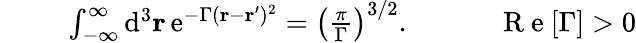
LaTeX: \begin{array}{r}{\ \ \ \ \ \ \ \ \ \int_{-\infty}^{\infty}\mathrm{d}^{3}\mathbf{r}\, \mathrm{e}^{-\Gamma(\mathbf{r}-\mathbf{r}^{\prime})^{2}}=\left(\frac{\pi}{\Gamma}\right)^{3/2}.\ \ \ \ \ \ \ \ \ \ \ \ \mathrm{~R~e~}[\Gamma]>0}\end{array}